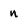
Character: n